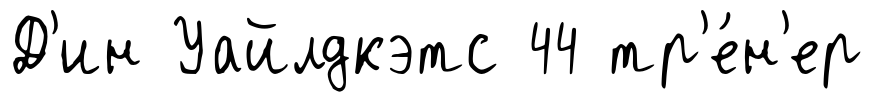
Д'ин Уайлдкэтс 44 тр'е́н'ер